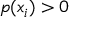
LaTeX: p ( x _ { i } ) > 0